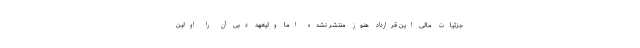
جزئیات مالی این قرارداد هنوز منتشر نشده اما ولیعهد دبی آن را اولین